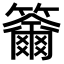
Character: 𥷄